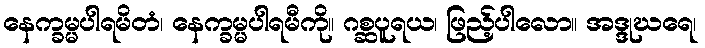
နေက္ခမ္မပါရမိတံ၊ နေက္ခမ္မပါရမီကို။ ဂစ္ဆပူရယ၊ ဖြည့်ပါလော။ အဒ္ဒုဃရေ၊